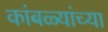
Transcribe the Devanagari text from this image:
कांबळ्यांच्या